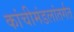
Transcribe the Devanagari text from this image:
कांचीमंडलांतर्गत